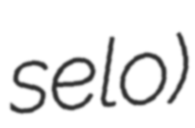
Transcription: selo)